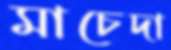
মাচেদা